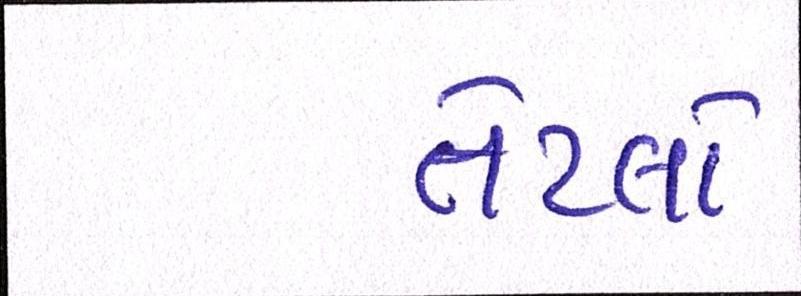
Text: તેટલો